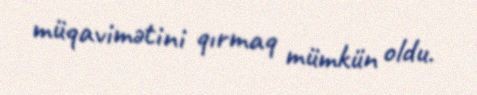
müqavimətini qırmaq mümkün oldu.